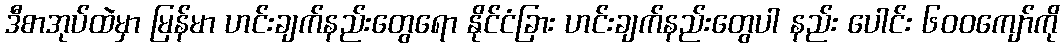
ဒီစာအုပ်ထဲမှာ မြန်မာ ဟင်းချက်နည်းတွေရော နိုင်ငံခြား ဟင်းချက်နည်းတွေပါ နည်း ပေါင်း ၆၀၀ကျော်ကို